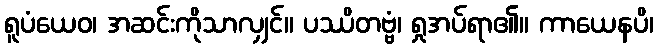
ရူပံယေဝ၊ အဆင်းကိုသာလျှင်။ ပဿိတဗ္ဗံ၊ ရှုအပ်ရာ၏။ ကာယေနပိ၊